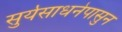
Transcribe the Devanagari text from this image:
सुर्यसाधनेपासुन